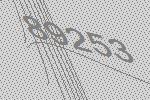
89253